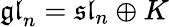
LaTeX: {\mathfrak{gl}}_{n}={\mathfrak{sl}}_{n}\oplus K